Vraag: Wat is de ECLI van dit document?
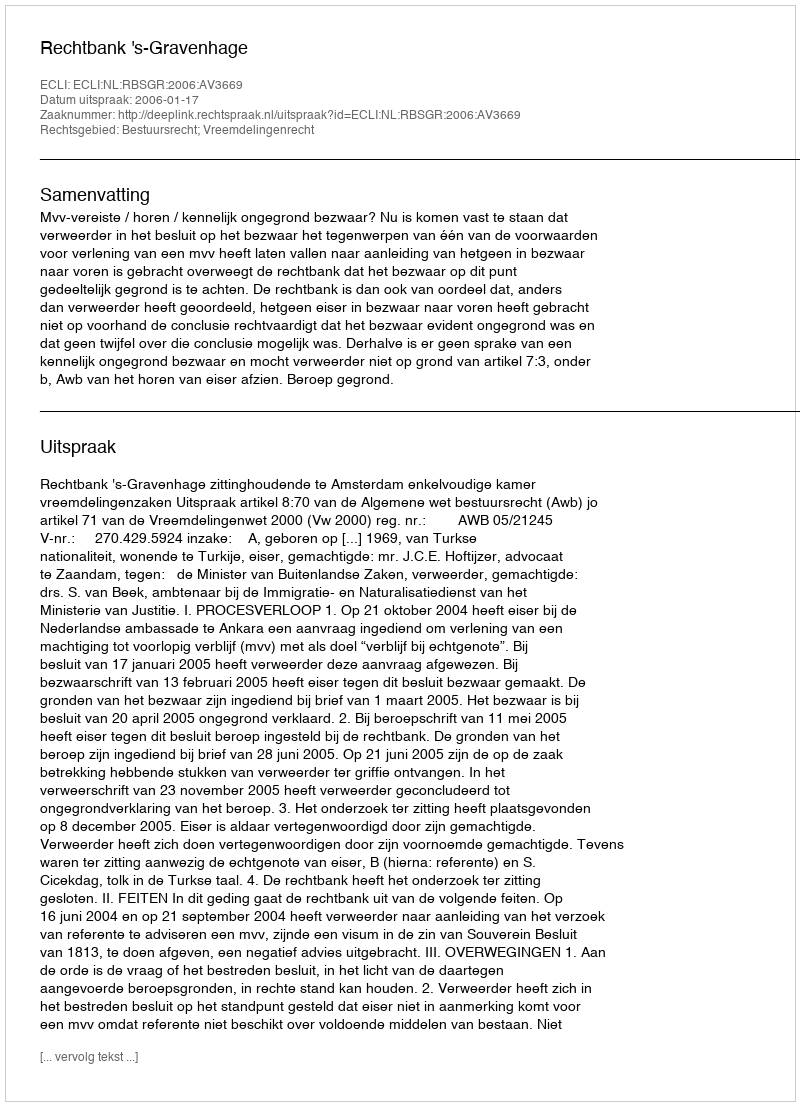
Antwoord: ECLI:NL:RBSGR:2006:AV3669